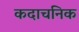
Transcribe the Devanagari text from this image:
कदाचनिक